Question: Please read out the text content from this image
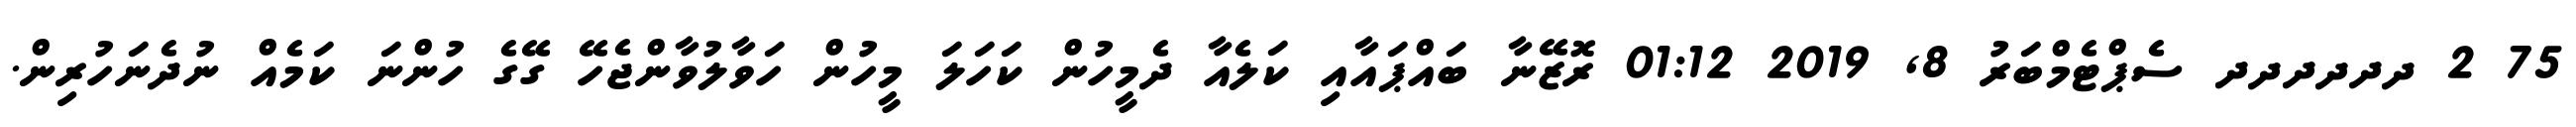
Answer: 75 2 ދދދދދދ ސެޕްޓެމްބަރު 8, 2019 01:12 ރޮޒޭނާ ބައްޕައާއި ކަލެއާ ދެމީހުން ކަހަލަ މީހުން ހަވާލުވާންޖެހޭ ގޭގެ ހުންނަ ކަމެއް ނުދެނަހުރިން.